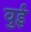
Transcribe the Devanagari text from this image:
वुई